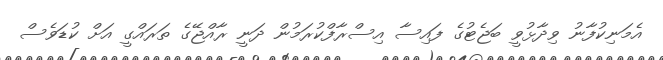
އެމަނިކުފާނު ވިދާޅުވީ ބަޖެޓުގެ ފައިސާ އިސްރާފްކުރަމުން ދަނީ ރާއްޖޭގެ ތަރައްގީ އަށް ކުޑަވެސް